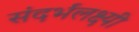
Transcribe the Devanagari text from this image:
संदर्भलक्ष्यी